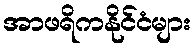
အာဖရိကနိုင်ငံများ